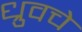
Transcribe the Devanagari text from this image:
ध्रुवचे